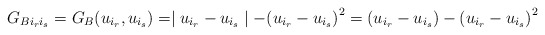
\begin{align*}G_{Bi_r i_s} = G_B(u_{i_r},u_{i_s}) = \mid u_{i_r} - u_{i_s}\mid-{(u_{i_r}-u_{i_s})}^2 = (u_{i_r}-u_{i_s}) - {(u_{i_r}-u_{i_s})}^2\end{align*}